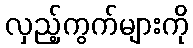
လှည့်ကွက်များကို